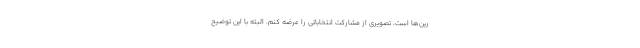
رین‌ها است، تصویری از مشارکت انتخاباتی را عرضه کنم. البته با این توضیح